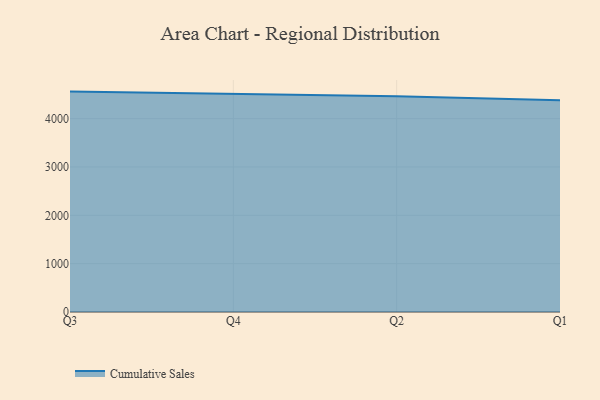
{"axis": {"x": "Quarter", "y": "Operating Costs (USD K)"}, "legend": ["Cumulative Sales"], "data": [{"x": "Q3", "y": 4558.7, "type": "Cumulative Sales"}, {"x": "Q4", "y": 4512.1, "type": "Cumulative Sales"}, {"x": "Q2", "y": 4461.8, "type": "Cumulative Sales"}, {"x": "Q1", "y": 4378.7, "type": "Cumulative Sales"}]}